Annual statistical returns and brief notes on vaccination in Bengal - 1887-1898
Year: 1887
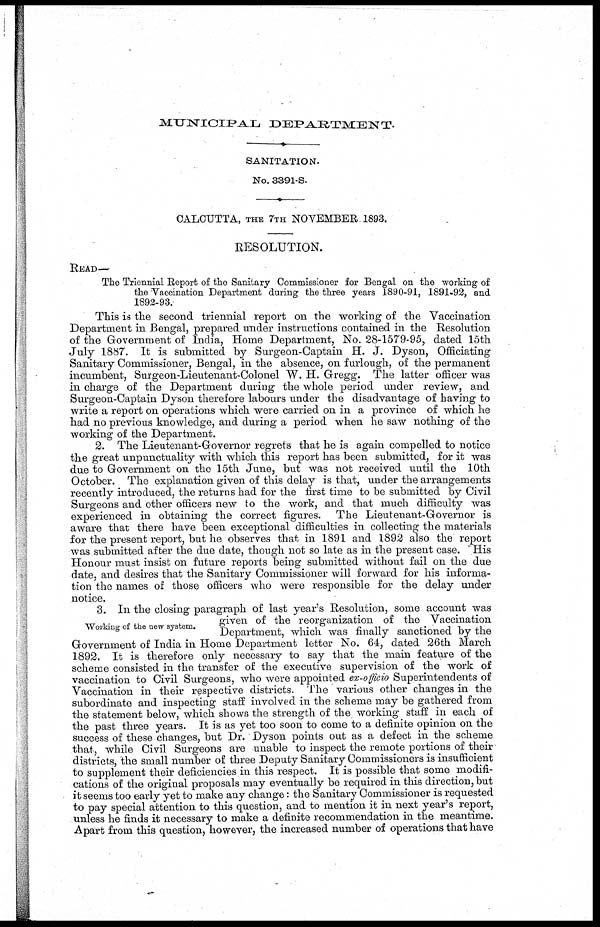
MUNICIPAL
DEPARTMENT.
SANITATION.
No. 3391-S.
CALCUTTA, THE 7TH NOVEMBER. 1893.
RESOLUTION.
READ—
The Triennial Report of the Sanitary Commissioner for Bengal on the working of
the Vaccination Department during the three years 1890-91, 1891-92, and
1892-93.
This is the second triennial report on the working of the Vaccination
Department in Bengal, prepared under instructions contained in the Resolution
of the Government of India, Home Department, No. 28-1579-95, dated 15th
July 1887. It is submitted by Surgeon-Captain H. J. Dyson, Officiating
Sanitary Commissioner, Bengal, in the absence, on furlough, of the permanent
incumbent, Surgeon-Lieutenant-Colonel W. H. Gregg. The latter officer was
in charge of the Department during the whole period under review, and
Surgeon-Captain Dyson therefore labours under the disadvantage of having to
write a report on operations which were carried on in a province of which he
had no previous knowledge, and during a period when he saw nothing of the
working of the Department.
2. The Lieutenant-Governor regrets that he is again compelled to notice
the great unpunctuality with which this report has been submitted, for it was
due to Government on the 15th June, but was not received until the 10th
October. The explanation given of this delay is that, under the arrangements
recently introduced, the returns had for the first time to be submitted by Civil
Surgeons and other officers new to the work, and that much difficulty was
experienced in obtaining the correct figures. The Lieutenant-Governor is
aware that there have been exceptional difficulties in collecting the materials
for the present report, but he observes that in 1891 and 1892 also the report
was submitted after the due date, though not so late as in the present case. "His
Honour must insist on future reports being submitted without fail on the due
date, and desires that the Sanitary Commissioner will forward for his informa-
tion the names of those officers who were responsible for the delay under
notice.
Working of the new system.
3. In the closing paragraph of last year's Resolution, some account was
given of the reorganization of the Vaccination
Department, which was finally sanctioned by the
Government of India in Home Department letter No. 64, dated 26th March
1892. It is therefore only necessary to say that the main feature of the
scheme consisted in the transfer of the executive supervision of the work of
vaccination to Civil Surgeons, who were appointed ex-officio Superintendents of
Vaccination in their respective districts. The various other changes in the
subordinate and inspecting staff involved in the scheme may be gathered from
the statement below, which shows the strength of the working staff in each of
the past three years. It is as yet too soon to come to a definite opinion on the
success of these changes, but Dr. Dyson points out as a defect in the scheme
that, while Civil Surgeons are unable to inspect the remote portions of their
districts, the small number of three Deputy Sanitary Commissioners is insufficient
to supplement their deficiencies in this respect. It is possible that some modifi-
cations of the original proposals may eventually be required in this direction, but
it seems too early yet to make any change: the Sanitary Commissioner is requested
to pay special attention to this question, and to mention it in next year's report,
unless he finds it necessary to make a definite recommendation in the meantime.
Apart from this question, however, the increased number of operations that have